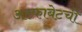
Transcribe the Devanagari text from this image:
अल्फाबेटची